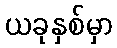
ယခုနှစ်မှာ